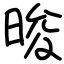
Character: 晙